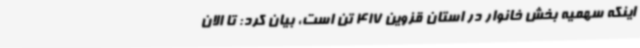
اینکه سهمیه بخش خانوار در استان قزوین 417 تن است، بیان کرد: تا الان